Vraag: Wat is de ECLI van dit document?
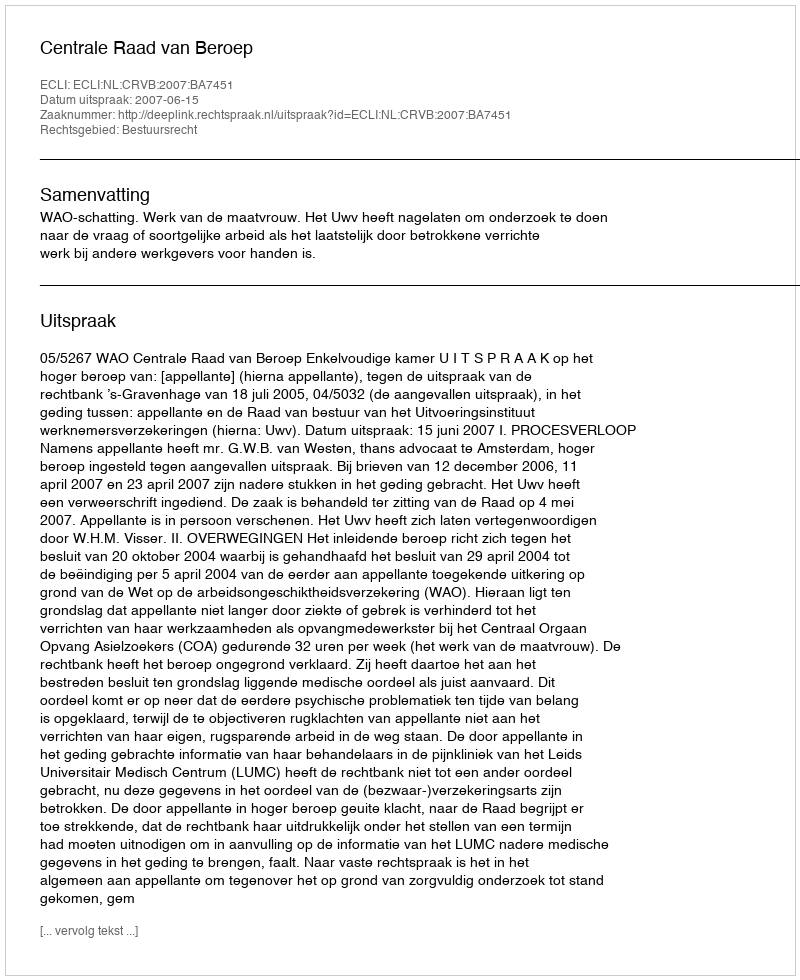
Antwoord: ECLI:NL:CRVB:2007:BA7451